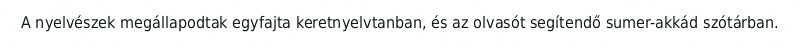
A nyelvészek megállapodtak egyfajta keretnyelvtanban, és az olvasót segítendő sumer-akkád szótárban.